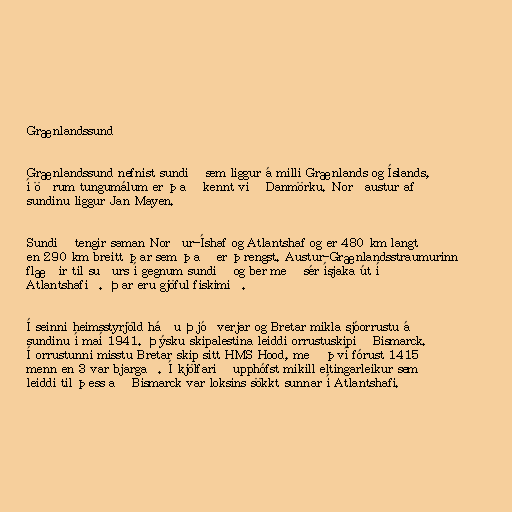
Grænlandssund

Grænlandssund nefnist sundið sem liggur á milli Grænlands og Íslands,
í öðrum tungumálum er það kennt við Danmörku. Norðaustur af
sundinu liggur Jan Mayen.

Sundið tengir saman Norður-Íshaf og Atlantshaf og er 480 km langt
en 290 km breitt þar sem það er þrengst. Austur-Grænlandsstraumurinn
flæðir til suðurs í gegnum sundið og ber með sér ísjaka út í
Atlantshafið. Þar eru gjöful fiskimið.

Í seinni heimsstyrjöld háðu Þjóðverjar og Bretar mikla sjóorrustu á
sundinu í maí 1941. Þýsku skipalestina leiddi orrustuskipið Bismarck.
Í orrustunni misstu Bretar skip sitt HMS Hood, með því fórust 1415
menn en 3 var bjargað. Í kjölfarið upphófst mikill eltingarleikur sem
leiddi til þess að Bismarck var loksins sökkt sunnar í Atlantshafi.